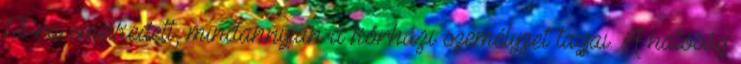
13-ra emelkedett, mindannyian a kórházi személyzet tagjai. A hatóság